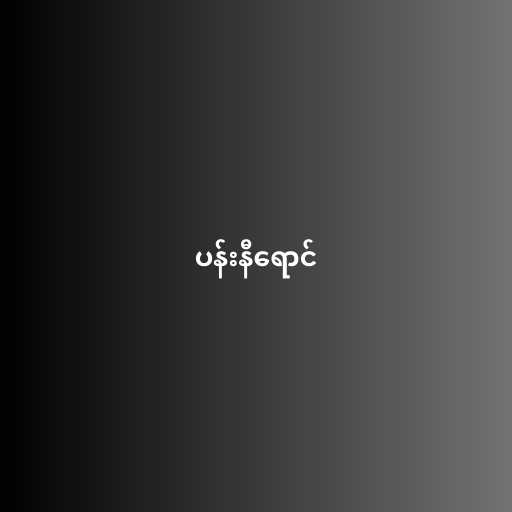
ပန်းနီရောင်